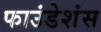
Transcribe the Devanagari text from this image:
फाउंडेशंस